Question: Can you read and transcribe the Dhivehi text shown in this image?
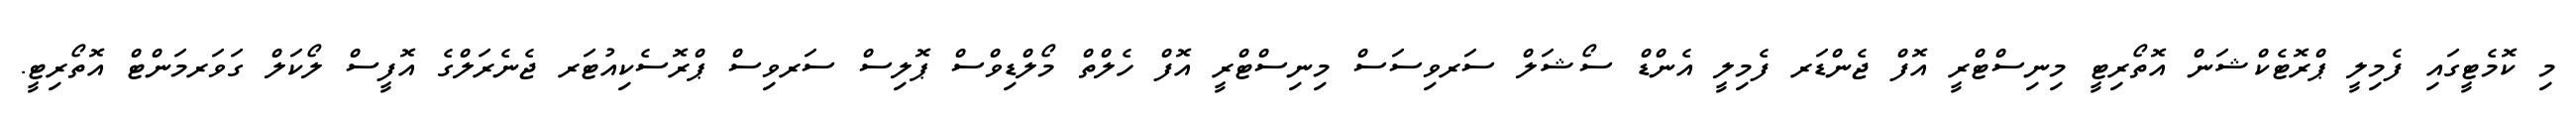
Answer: މި ކޮމެޓީގައި ފެމިލީ ޕްރޮޓެކްޝަން އޮތޯރިޓީ މިނިސްޓްރީ އޮފް ޖެންޑަރ ފެމިލީ އެންޑް ސޯޝަލް ސަރވިސަސް މިނިސްޓްރީ އޮފް ހެލްތް މޯލްޑިވްސް ޕޮލިސް ސަރވިސް ޕްރޮސެކިއުޓަރ ޖެނެރަލްގެ އޮފީސް ލޯކަލް ގަވަރމަންޓް އޮތޯރިޓީ.